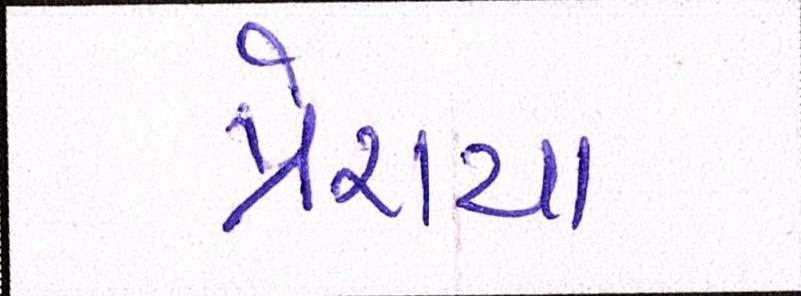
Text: પ્રેરાયા